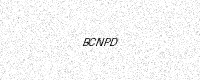
Text: BCNPD